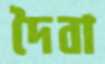
দৈবা